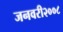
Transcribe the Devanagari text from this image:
जनवरी२००८